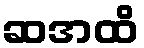
ဆအထိ